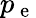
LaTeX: p_{\mathrm{~e~}}